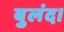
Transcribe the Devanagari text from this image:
बुलंद।